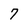
Character: 7